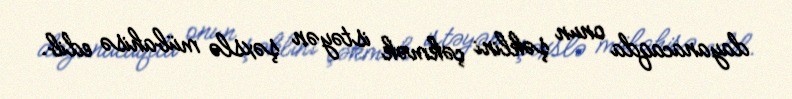
dayanacaqda onun şəklini çəkmək istəyən şəxslə mübahisə edib.